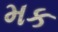
મક